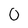
Character: 0